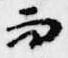
而